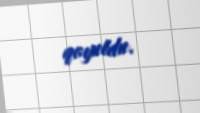
qoyuldu.